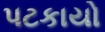
પટકાયો